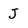
Character: J